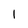
Character: l